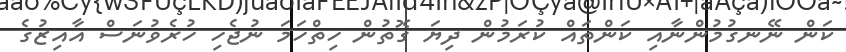
ކަން ނޭނގުމުންނާއި ކަންތައް ކުރަމުން ދިޔަ ގޮތުން ހިތްހަމަ ނުޖެހި ހުރެވުނަސް އާއިޒުގެ